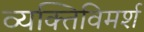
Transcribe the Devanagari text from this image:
व्यक्तिविमर्श